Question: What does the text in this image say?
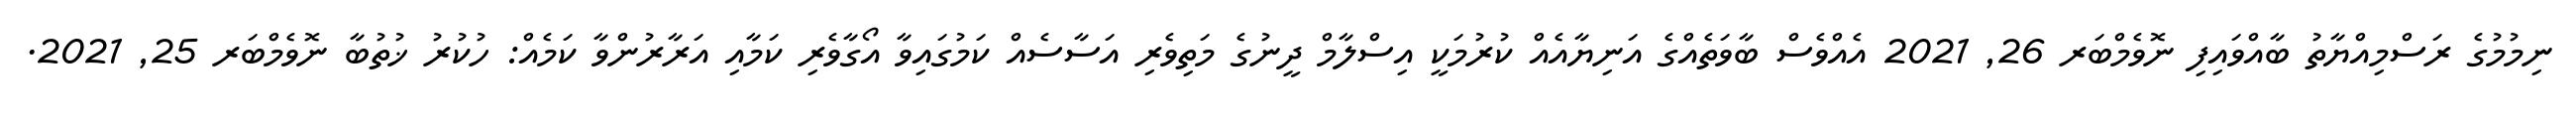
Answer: ނިމުމުގެ ރަސްމިއްޔާތު ބާއްވައިފި ނޮވެމްބަރ 26, 2021 އެއްވެސް ބާވަތެއްގެ އަނިޔާއެއް ކުރުމަކީ އިސްލާމް ދީނުގެ މަތިވެރި އަސާސެއް ކަމުގައިވާ އޯގާވެރި ކަމާއި އަރާރުންވާ ކަމެއް: ހުކުރު ޚުތުބާ ނޮވެމްބަރ 25, 2021.